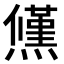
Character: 𭶠